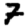
Digit: 7